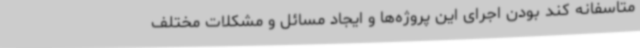
متاسفانه کند بودن اجرای این پروژه‌ها و ایجاد مسائل و مشکلات مختلف